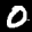
Label: 0